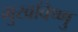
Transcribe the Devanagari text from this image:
मुखविष्णु